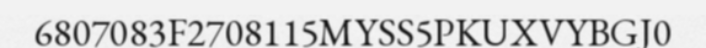
6807083F2708115MYSS5PKUXVYBGJ0